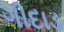
ગીદાડ